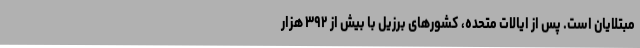
مبتلایان است. پس از ایالات متحده، کشورهای برزیل با بیش از ۳۹۲ هزار